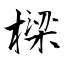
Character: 樑